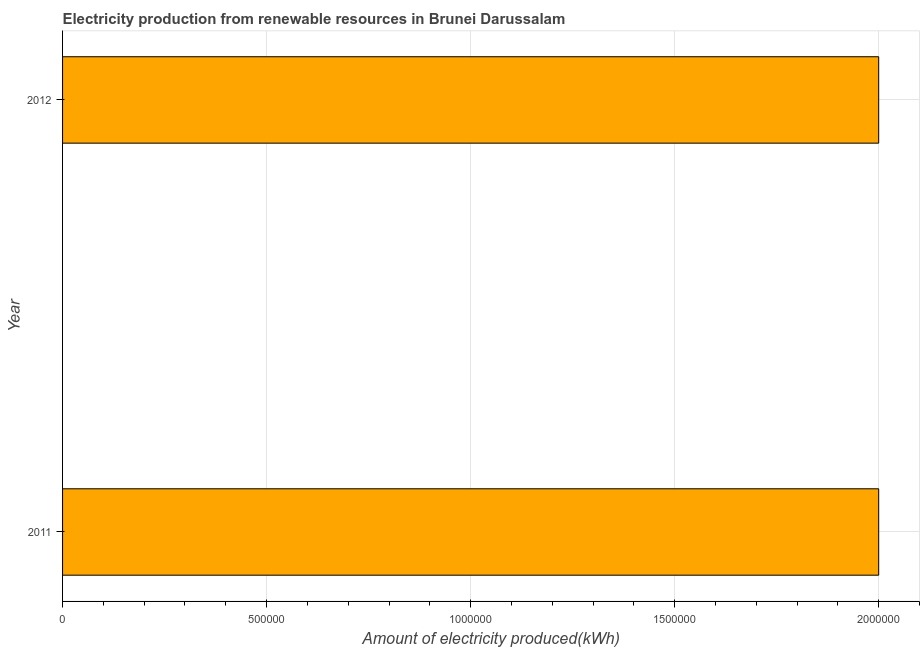
| Year | Electricity production from renewable sources |
 | --- | --- |
 | 2011 | 2e+06 |
 | 2012 | 2e+06 |